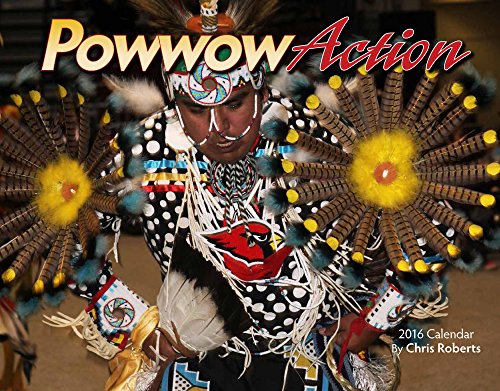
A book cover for Powwow Action 2016 Calendar 11x14 (Native American); Chris Roberts; Calendars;